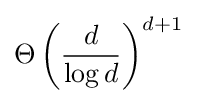
\Theta \left({\frac {d}{\log {d}}}\right)^{d+1}